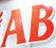
AB